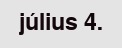
július 4.